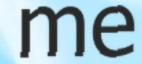
me